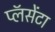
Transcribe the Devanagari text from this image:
प्लॅसेंटा